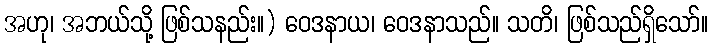
အဟု၊ အဘယ်သို့ ဖြစ်သနည်း။) ဝေဒနာယ၊ ဝေဒနာသည်။ သတိ၊ ဖြစ်သည်ရှိသော်။